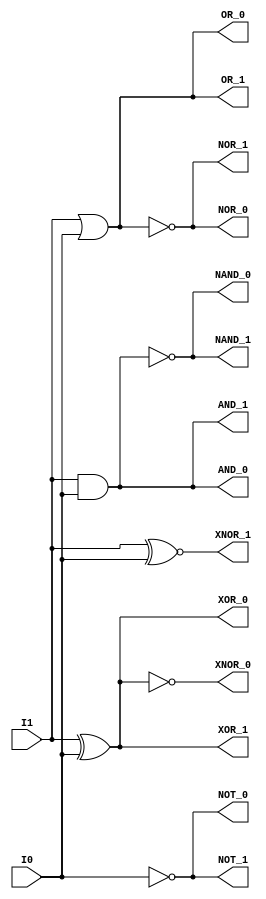
module gates(I1, I0, NOT_0, NOT_1, AND_0, AND_1, NAND_0, NAND_1, OR_0, OR_1, NOR_0, NOR_1, XOR_0, XOR_1, XNOR_0, XNOR_1);

input I1, I0;
output NOT_0, NOT_1, AND_0, AND_1, NAND_0, NAND_1, OR_0, OR_1, NOR_0, NOR_1;
output XOR_0, XOR_1, XNOR_0, XNOR_1;

// 
not(NOT_0, I0);
assign NOT_1 = (~I0);

// 
and(AND_0, I1, I0);
assign AND_1 = (I1 & I0);


nand(NAND_0, I1, I0);
assign NAND_1 = ~(I1 & I0);

or(OR_0, I1, I0);
assign OR_1 = (I1 | I0);

nor(NOR_0, I1, I0);
assign NOR_1 = ~(I1 | I0);

xor(XOR_0, I1, I0);
assign XOR_1 = (I1 ^ I0);

xnor(XNOR_0, I1, I0);
assign XNOR_1 = (I1 ~^ I0);

endmodule // gates